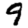
Digit: 9